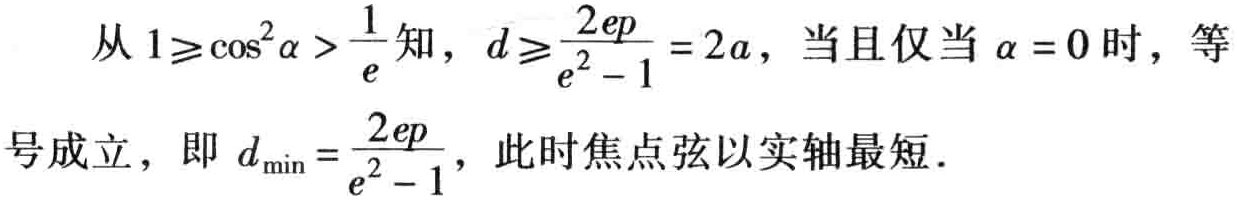
从 \(1\geqslant\cos^{2}\alpha > \frac{1}{e}\) 知，\(d\geqslant\frac{2ep}{e^{2}-1}=2a\)，当且仅当 \(\alpha = 0\) 时，等号成立，即 \(d_{\min}=\frac{2ep}{e^{2}-1}\)，此时焦点弦以实轴最短。